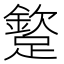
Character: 𨅠